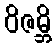
ဝိဇမ္ဘိ